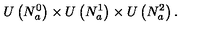
U \left( N _ { a } ^ { 0 } \right) \times U \left( N _ { a } ^ { 1 } \right) \times U \left( N _ { a } ^ { 2 } \right) .